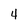
Character: 4